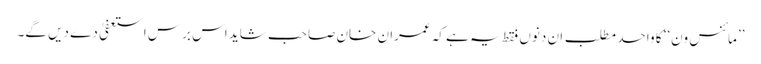
’’مائنس ون‘‘ کا واحد مطلب ان دنوں فقط یہ ہے کہ عمران خان صاحب شاید اس برس استعفیٰ دے دیں گے۔